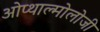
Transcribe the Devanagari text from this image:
ओप्थाल्मोलोजी